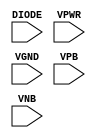
module sky130_fd_sc_hvl__diode (
    DIODE,
    VPWR ,
    VGND ,
    VPB  ,
    VNB
);

    input DIODE;
    input VPWR ;
    input VGND ;
    input VPB  ;
    input VNB  ;
endmodule